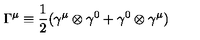
{ \Gamma } ^ { \mu } \equiv \frac { 1 } { 2 } ( { \gamma } ^ { \mu } \otimes { \gamma } ^ { 0 } + { \gamma } ^ { 0 } \otimes { \gamma } ^ { \mu } )